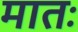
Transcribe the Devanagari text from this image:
मातः